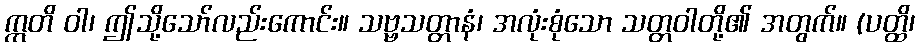
ဣတိ ဝါ၊ ဤသို့သော်လည်းကောင်း။ သဗ္ဗသတ္တာနံ၊ အလုံးစုံသော သတ္တဝါတို့၏ အတွက်။ (ပတ္ထိ၊